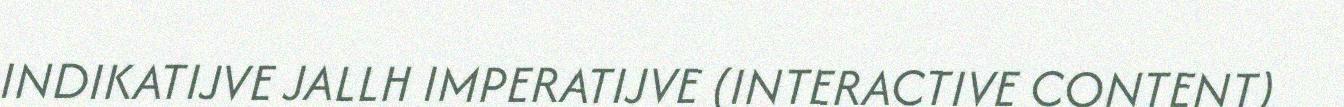
INDIKATIJVE JALLH IMPERATIJVE (INTERACTIVE CONTENT)